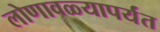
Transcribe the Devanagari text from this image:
लोणावळ्यापर्यंत